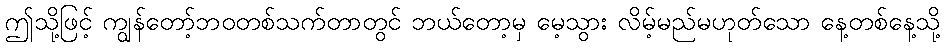
ဤသို့ဖြင့် ကျွန်တော့်ဘဝတစ်သက်တာတွင် ဘယ်တော့မှ မေ့သွား လိမ့်မည်မဟုတ်သော နေ့တစ်နေ့သို့